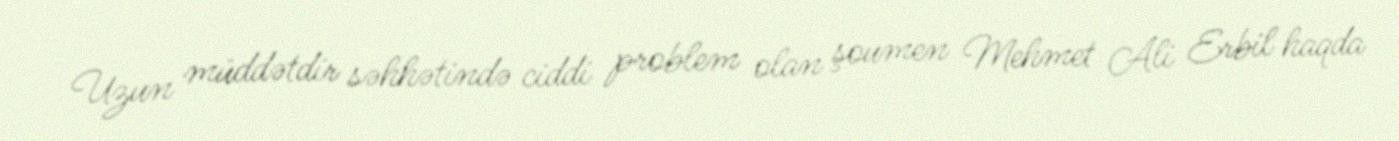
Uzun müddətdir səhhətində ciddi problem olan şoumen Mehmet Ali Erbil haqda